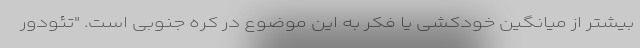
بیشتر از میانگین خودکشی یا فکر به این موضوع در کره جنوبی است. "تئودور